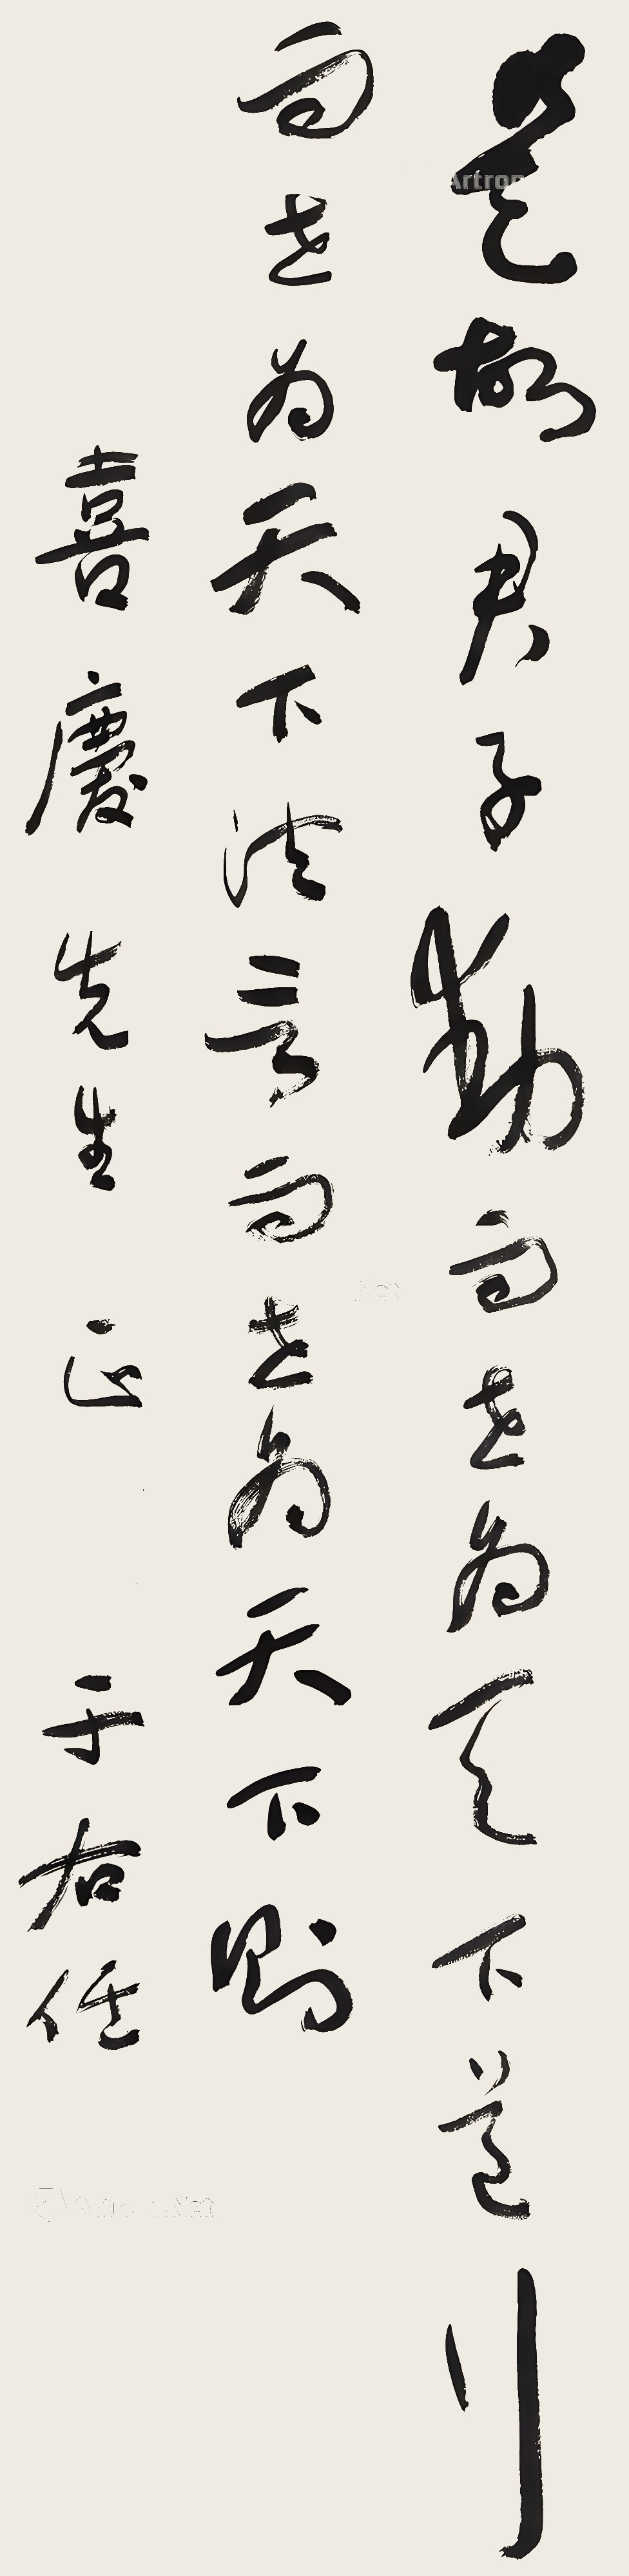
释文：是故君子动而世为天下道,行而世为天下法，言而世为天下则喜庆先生正于右任